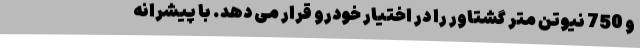
و 750 نیوتن متر گشتاور را در اختیار خودرو قرار می دهد. با پیشرانه